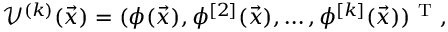
\mathcal V ^ { ( k ) } ( \vec { x } ) = ( \phi ( \vec { x } ) , \phi ^ { [ 2 ] } ( \vec { x } ) , \dots , \phi ^ { [ k ] } ( \vec { x } ) ) ^ { \mathrm { ~ T ~ } } ,